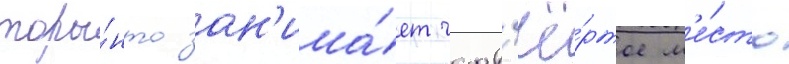
торо́нто зан'има́ет четв'ё́ртое м'е́сто